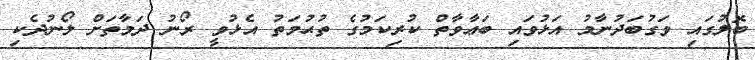
ބޮލުގައި ވަގުބަދުނާމު އަޅުވައި ބަޢާވާތް ކުރިކަމުގެ ތުޙުމަތު އެޅުވީ ރޯނު ދަމާތަށް ލޯނުދެކި